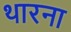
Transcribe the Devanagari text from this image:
थारना